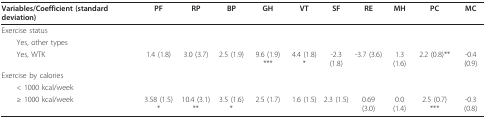
<table><thead><tr><td><b>Variables/Coefficient (standard deviation)</b></td><td><b>PF</b></td><td><b>RP</b></td><td><b>BP</b></td><td><b>GH</b></td><td><b>VT</b></td><td><b>SF</b></td><td><b>RE</b></td><td><b>MH</b></td><td><b>PC</b></td><td><b>MC</b></td></tr></thead><tbody><tr><td>Exercise status</td><td></td><td></td><td></td><td></td><td></td><td></td><td></td><td></td><td></td><td></td></tr><tr><td> Yes, other types</td><td></td><td></td><td></td><td></td><td></td><td></td><td></td><td></td><td></td><td></td></tr><tr><td> Yes, WTK</td><td>1.4 (1.8)</td><td>3.0 (3.7)</td><td>2.5 (1.9)</td><td>9.6 (1.9) ***</td><td>4.4 (1.8)*</td><td>-2.3 (1.8)</td><td>-3.7 (3.6)</td><td>1.3 (1.6)</td><td>2.2 (0.8)**</td><td>-0.4 (0.9)</td></tr><tr><td>Exercise by calories</td><td></td><td></td><td></td><td></td><td></td><td></td><td></td><td></td><td></td><td></td></tr><tr><td> &lt; 1000 kcal/week</td><td></td><td></td><td></td><td></td><td></td><td></td><td></td><td></td><td></td><td></td></tr><tr><td> ≥ 1000 kcal/week</td><td>3.58 (1.5)*</td><td>10.4 (3.1)**</td><td>3.5 (1.6)*</td><td>2.5 (1.7)</td><td>1.6 (1.5)</td><td>2.3 (1.5)</td><td>0.69 (3.0)</td><td>0.0 (1.4)</td><td>2.5 (0.7) ***</td><td>-0.3 (0.8)</td></tr></tbody></table>